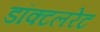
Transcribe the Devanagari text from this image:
डॉक्टलरेट